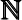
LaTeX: \pmb{\mathbb{N}}